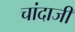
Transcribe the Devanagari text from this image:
चांदाजी